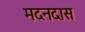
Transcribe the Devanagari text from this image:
मदनदास